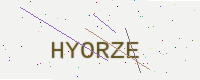
Text: HYORZE